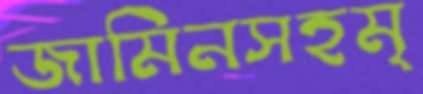
জামিনসহমৃ